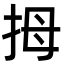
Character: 拇